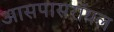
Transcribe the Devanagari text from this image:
आसपासरॉयल